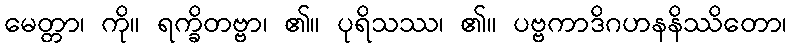
မေတ္တာ၊ ကို။ ရက္ခိတဗ္ဗာ၊ ၏။ ပုရိသဿ၊ ၏။ ပဗ္ဗကာဒိဂဟနနိဿိတော၊